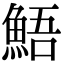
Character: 鯃